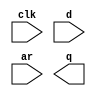
// Implement the following D flip-flop with asynchronous reset

module top_module (
    input clk,
    input d, 
    input ar,   // asynchronous reset
    output q);

    // Insert your code here

endmodule